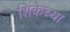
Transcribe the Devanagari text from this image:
शिंकेच्या